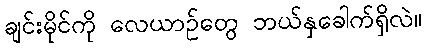
ချင်းမိုင်ကို လေယာဉ်တွေ ဘယ်နှခေါက်ရှိလဲ။